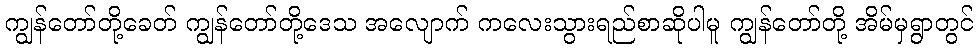
ကျွန်တော်တို့ခေတ် ကျွန်တော်တို့ဒေသ အလျောက် ကလေးသွားရည်စာဆိုပါမူ ကျွန်တော်တို့ အိမ်မှရွာတွင်